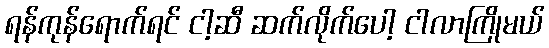
ရန်ကုန်ရောက်ရင် ငါ့ဆီ ဆက်လိုက်ပေါ့ ငါလာကြိုမယ်